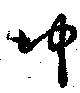
沖